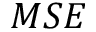
M S E